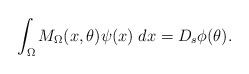
\begin{align*}\int_\Omega M_\Omega(x,\theta)\psi(x)\;dx=D_s\phi(\theta).\end{align*}